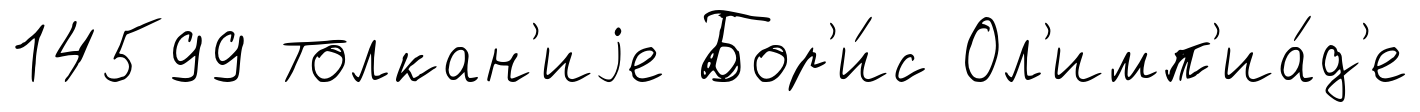
14599 Толкан'иjе Бор'и́с Ол'имп'иа́д'е